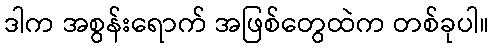
ဒါက အစွန်းရောက် အဖြစ်တွေထဲက တစ်ခုပါ။